Sanitation, dispensaries and jails vaccination Rajputana 1922-1927 - 1922-1927
Year: 1922
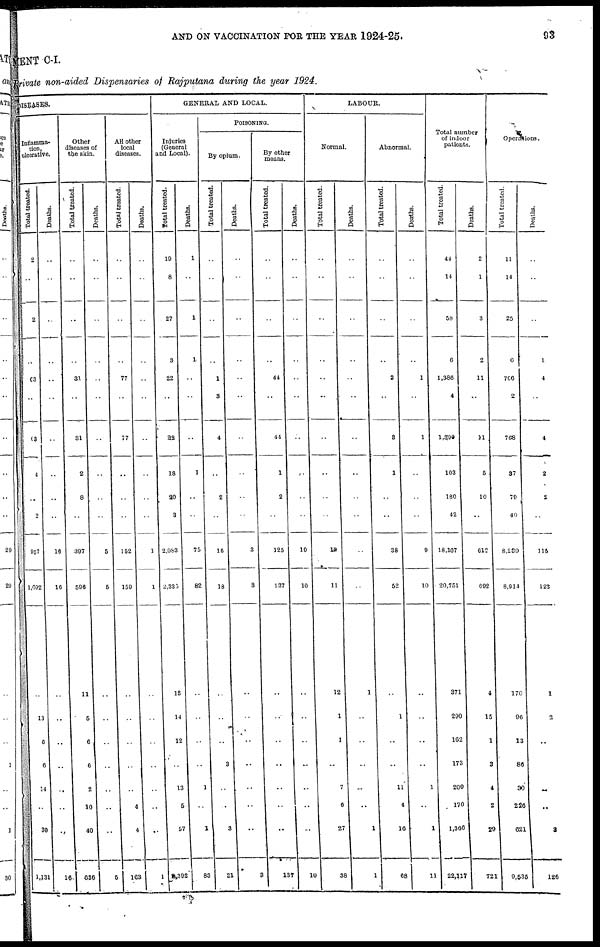
AND ON VACCINATION FOR THE YEAR 1924-25.
93
MENT C-I.
Private non-aided Dispensaries of Rajputana during the year 1924.
DISEASES.
Inflamma-
tion,
ulcerative.
Total treated.
_
2
..
2
..
63
..
63
4
..
2
957
1,092
..
13
6
6
14
..
39
1,131
Deaths.
..
..
..
..
..
..
..
..
..
..
16
16
..
..
..
..
..
..
..
16
Other
diseases of
the skin.
Total treated.
..
..
..
..
31
..
31
2
8
..
397
596
11
5
6
6
2
10
40
636
Deaths.
..
..
..
..
..
..
..
..
..
..
5
5
..
..
..
..
..
..
..
6
All other
local
diseases.
Total treated.
..
..
..
..
77
..
77
..
..
..
152
159
..
..
..
..
..
4
4
163
Deaths.
..
..
..
..
..
..
..
..
..
..
1
1
..
..
..
..
..
..
..
1
GENERAL AND LOCAL.
Injuries
(General
and Local).
Total treated.
19
8
27
3
22
..
23
18
20
3
2,083
2,335
13
14
12
..
13
5
57
392
Deaths.
1
..
1
1
..
..
..
1
..
..
75
82
..
..
..
..
1
..
1
83
POISONING.
By opium.
Total treated.
..
..
..
..
1
3
4
..
2
..
16
18
..
..
..
3
..
..
3
21
Deaths.
..
..
..
..
..
..
..
..
..
..
3
3
..
..
..
..
..
..
..
3
By other
means.
Total treated.
..
..
..
..
44
..
44
1
2
..
125
137
..
..
..
..
..
..
..
137
Deaths.
..
..
..
..
..
..
..
..
..
..
10
10
..
..
..
..
..
..
..
10
LABOUR.
Normal.
Total treated.
..
..
..
..
..
..
..
..
..
..
10
11
12
1
1
..
7
6
27
38
Deaths.
..
..
..
..
..
..
..
..
..
..
..
..
1
..
..
..
..
..
1
1
Abnormal.
Total treated.
..
..
..
..
3
..
3
1
..
..
38
52
..
1
..
..
11
4
16
68
Deaths.
..
..
..
..
1
..
1
..
..
..
9
10
..
..
..
..
1
..
1
11
Total number
of indoor
patients.
Total treated.
44
14
58
6
1,386
4
1,390
103
180
42
18,107
20,751
371
290
162
173
200
170
1,366
22,117
Deaths.
2
1
3
2
11
..
11
5
10
..
612
692
4
15
1
3
4
2
29
721
Operations.
Total treated.
11
14
25
6
766
2
768
37
79
40
8,239
8,914
170
96
13
86
30
226
621
9,535
Deaths.
..
..
..
1
4
..
4
2
2
..
115
123
1
2
..
..
..
..
3
126